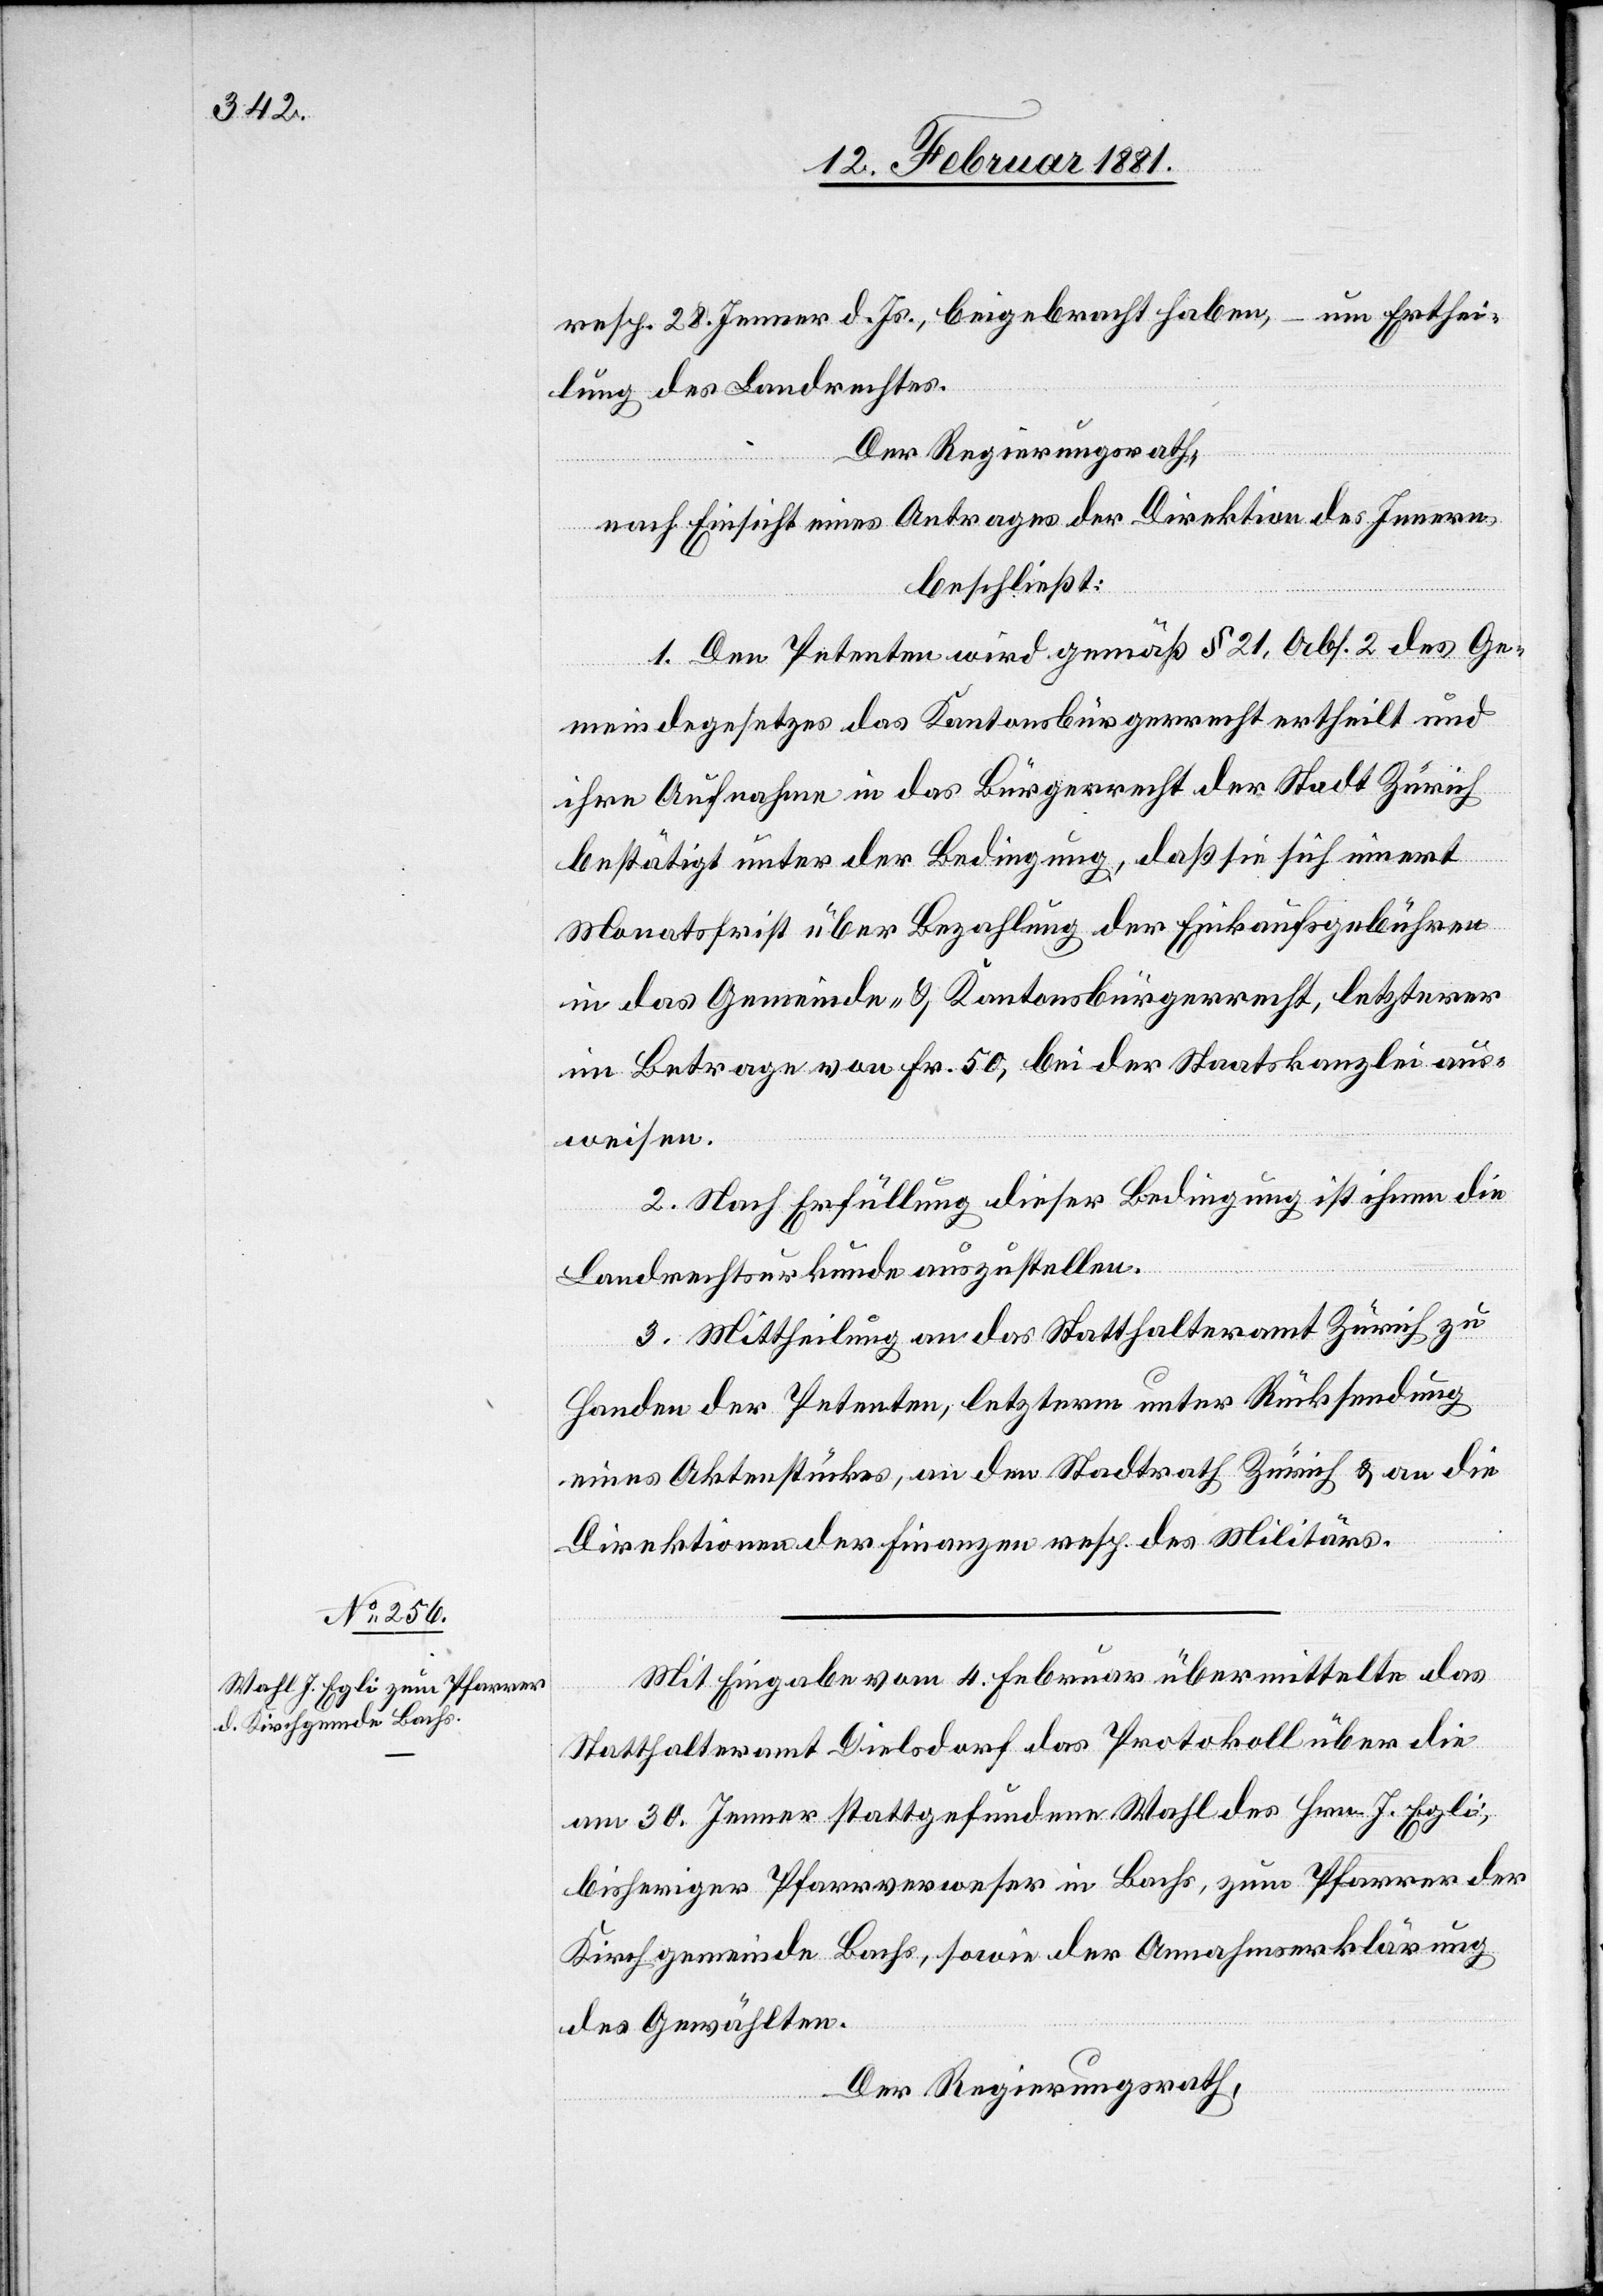
resp. 28. Jenner d. Js., beigebracht haben, – um Erthei¬
lung des Landrechtes.
Der Regierungsrath,
nach Einsicht eines Antrages der Direktion des Innern,
beschließt:
1. Den Petenten wird gemäß § 21, Abs. 2 des Ge¬
meindegesetzes das Kantonsbürgerrecht ertheilt und
ihre Aufnahme in das Bürgerecht der Stadt Zürich
bestätigt unter der Bedingung, daß sie sich innert
Monatsfrist über Bezahlung der Einkaufsgebühren
in das Gemeinde- & Kantonsbürgerrecht, letzterer
im Betrage von Fr. 50, bei der Staatskanzlei aus¬
weisen.
2. Nach Erfüllung dieser Bedingung ist ihnen die
Landrechtsurkunde auszustellen.
3. Mittheilung an das Statthalteramt Zürich zu
Handen der Petenten, letzterm unter Rücksendung
eines Aktenstückes, an den Stadtrath Zürich & an die
Direktion der Finanzen resp. des Militärs.
Mit Eingabe vom 4. Februar übermittelte das
Statthalteramt Dielsdorf das Protokoll über die
am 30. Jenner stattgefundene Wahl des Hrn. J. Egli,
bisheriger Pfarrverweser in Bachs, zum Pfarrer der
Kirchgemeinde Bachs, sowie der Annahmserklärung
des Gewählten.
Der Regierungsrath,